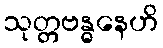
သုတ္တဗန္ဓနေဟိ